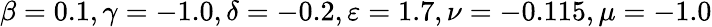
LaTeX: \beta=0.1,\gamma=-1.0,\delta=-0.2,\varepsilon=1.7,\nu=-0.115,\mu=-1.0